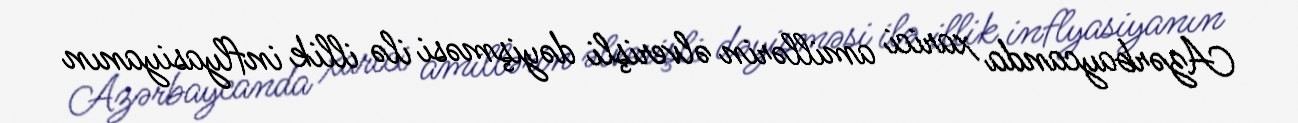
Azərbaycanda xarici amillərin əlverişli dəyişməsi ilə illik inflyasiyanın